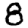
Digit: 8